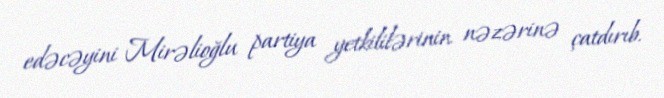
edəcəyini Mirəlioğlu partiya yetkililərinin nəzərinə çatdırıb.